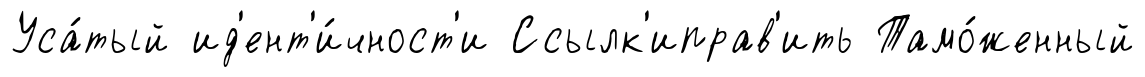
Уса́тый ид'ент'и́чност'и Ссылк'иправ'ить Тамо́женный